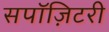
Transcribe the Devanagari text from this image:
सपॉज़िटरी